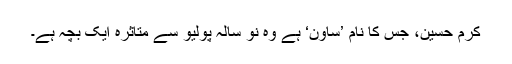
کرم حسین، جس کا نام ’ساون‘ ہے وہ نو سالہ پولیو سے متاثرہ ایک بچہ ہے۔